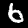
Label: 6